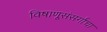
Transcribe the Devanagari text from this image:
विषाणूसंसर्गाचा